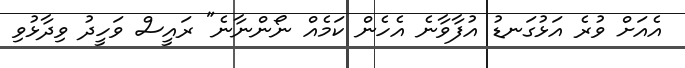
އެއަށް ވުރެ އަޅުގަނޑު އުފާވާނެ އެހެން ކަމެއް ނޯންނާނެ" ރައީސް ވަހީދު ވިދާޅުވި